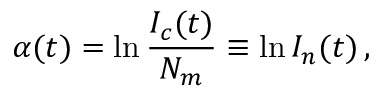
\alpha ( t ) = \ln \frac { I _ { c } ( t ) } { N _ { m } } \equiv \ln I _ { n } ( t ) \, ,